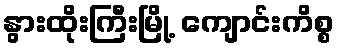
နွားထိုးကြီးမြို့ ကျောင်းကိစ္စ